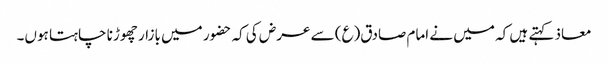
معاذ کہتے ہیں کہ میں نے امام صادق(ع) سے عرض کی کہ حضور میں بازار چھوڑنا چاہتا ہوں۔